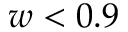
w < 0 . 9